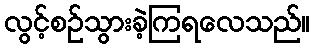
လွင့်စဉ်သွားခဲ့ကြရလေသည်။